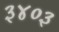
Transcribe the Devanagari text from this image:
३४०३